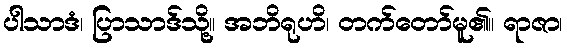
ပါသာဒံ၊ ပြာသာဒ်သို့။ အဘိရုဟိ၊ တက်တော်မူ၏။ ရာဇာ၊